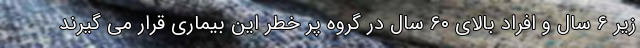
زیر ۶ سال و افراد بالای ۶۰ سال در گروه پر خطر این بیماری قرار می گیرند